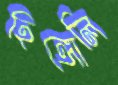
হিঙ্গোলি